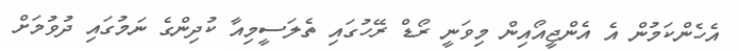
އެހެންކަމުން އެ އެންޖީއޯއިން މިވަނީ ރޯޑް ރޭހުގައި ތެލަސީމިއާ ކުދިންގެ ނަމުގައި ދުވުމަށް